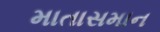
માતાસમાન